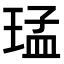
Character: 𤦕